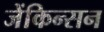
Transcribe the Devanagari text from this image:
जेंकिन्सन